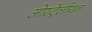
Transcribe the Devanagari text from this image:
ओस्ट्रेलीयन